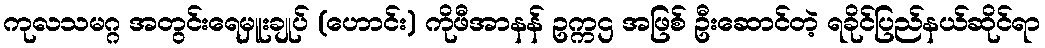
ကုလသမဂ္ဂ အတွင်းရေမှူးချုပ် (ဟောင်း) ကိုဖီအာနန် ဥက္ကဌ အဖြစ် ဦးဆောင်တဲ့ ရခိုင်ပြည်နယ်ဆိုင်ရာ